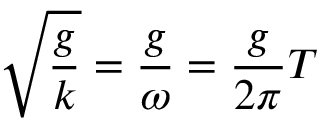
{ \sqrt { \frac { g } { k } } } = { \frac { g } { \omega } } = { \frac { g } { 2 \pi } } T